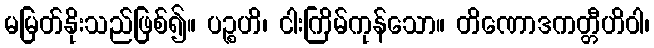
မမြတ်နိုးသည်ဖြစ်၍။ ပဉ္စဟိ၊ ငါးကြိမ်ကုန်သော။ တိဏောဒကတ္တီဟိဝါ၊